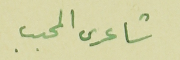
شاعرى المحبب